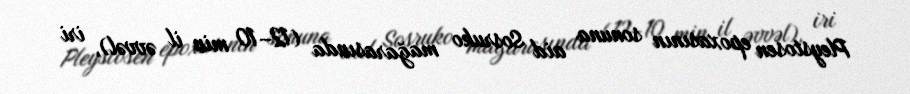
Pleystosen epoxasının sonuna aid Sosruko mağarasında (12–10 min il əvvəl), iri